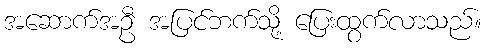
အဆောက်အဦ အပြင်ဘက်သို့ ပြေးထွက်လာသည်။